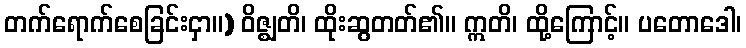
တက်ရောက်စေခြင်းငှာ။) ဝိဇ္ဈတိ၊ ထိုးဆွတတ်၏။ ဣတိ၊ ထို့ကြောင့်။ ပတောဒေါ၊